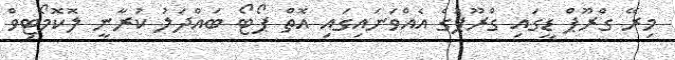
މިރޭ ގްރޫޕް ޑީގައި ގްރޫޕުގެ އެއްވަނައިގައި އޮތް ޕޯޓޯ ބައްދަލު ކުރާނީ ލޮކޮމޯޓިވް